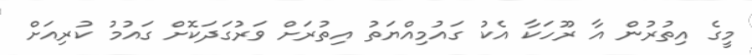
މީގެ އިތުރުން އާ ރޫހަކާ އެކު ގައުމިއްޔަތު އިތުރަށް ވަރުގަދަކޮށް ގައުމު ކުރިއަށް